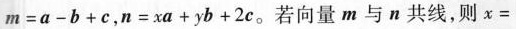
$$m = a - b + c$$，$$n = x a + y b + 2 c$$。若向量m与n共线，则x=